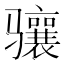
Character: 骧